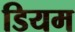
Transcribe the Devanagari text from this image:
डियम